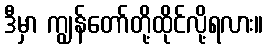
ဒီမှာ ကျွန်တော်တို့ထိုင်လို့ရလား။